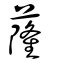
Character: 蕯